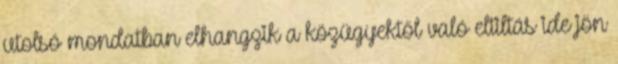
utolsó mondatban elhangzik a közügyektől való eltiltás ide jön